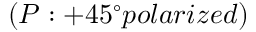
( P : + 4 5 ^ { \circ } p o l a r i z e d )